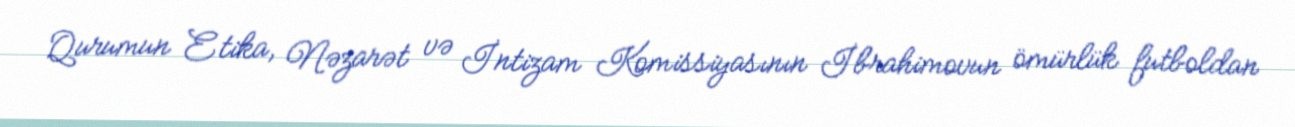
Qurumun Etika, Nəzarət və İntizam Komissiyasının İbrahimovun ömürlük futboldan